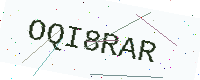
Text: OQI8RAR